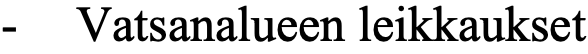
-  Vatsanalueen leikkaukset